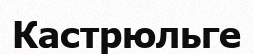
Кастрюльге